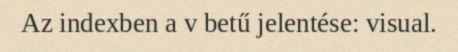
Az indexben a v betű jelentése: visual.